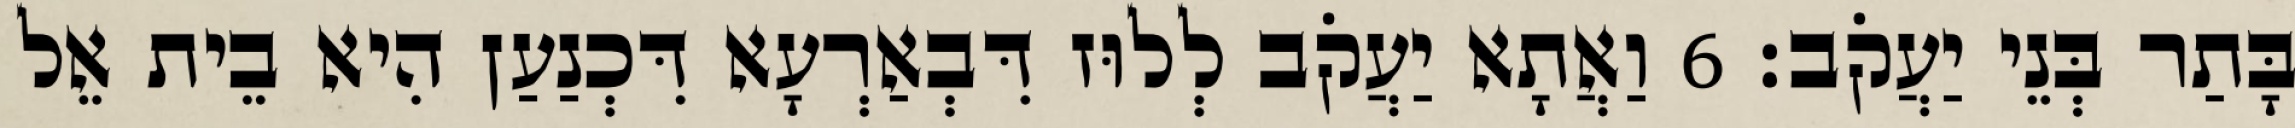
בָּתַר בְּנֵי יַעֲקֹב׃ 6 וַאֲתָא יַעֲקֹב לְלוּז דִּבְאַרְעָא דִּכְנַעַן הִיא בֵית אֵל